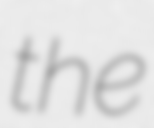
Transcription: the